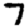
Digit: 7